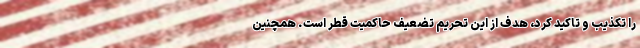
را تکذیب و تاکید کرد، هدف از این تحریم تضعیف حاکمیت قطر است. همچنین